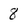
Character: 8